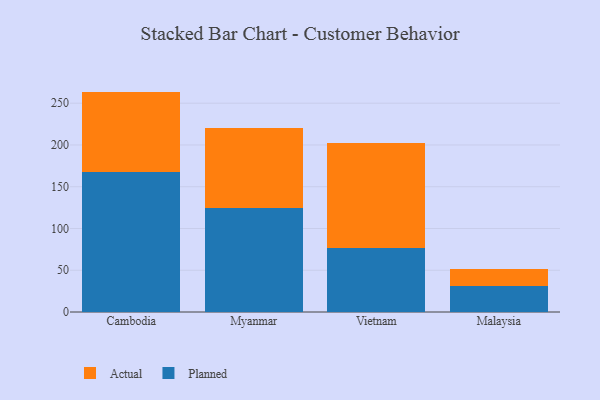
{"axis": {"x": "Country", "y": "Market Share (%)"}, "legend": ["Actual", "Planned"], "data": [{"x": "Cambodia", "y": 167.4, "type": "Planned"}, {"x": "Cambodia", "y": 96.5, "type": "Actual"}, {"x": "Myanmar", "y": 124.9, "type": "Planned"}, {"x": "Myanmar", "y": 95.5, "type": "Actual"}, {"x": "Vietnam", "y": 76.5, "type": "Planned"}, {"x": "Vietnam", "y": 126.2, "type": "Actual"}, {"x": "Malaysia", "y": 31.1, "type": "Planned"}, {"x": "Malaysia", "y": 20.6, "type": "Actual"}]}